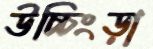
উচ্চিংড়া